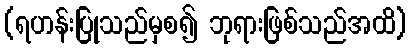
(ရဟန်းပြုသည်မှစ၍ ဘုရားဖြစ်သည်အထိ)